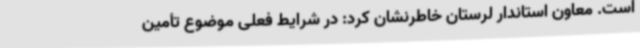
است. معاون استاندار لرستان خاطرنشان کرد: در شرایط فعلی موضوع تأمین